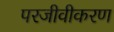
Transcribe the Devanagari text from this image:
परजीवीकरण